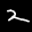
Label: 2